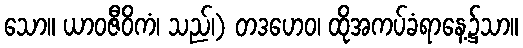
သော။ ယာဝဇီဝိကံ၊ သည်၊) တဒဟေဝ၊ ထိုအကပ်ခံရာနေ့၌သာ။